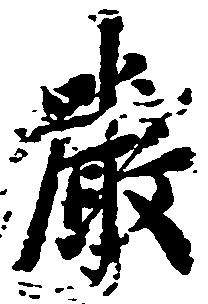
厳